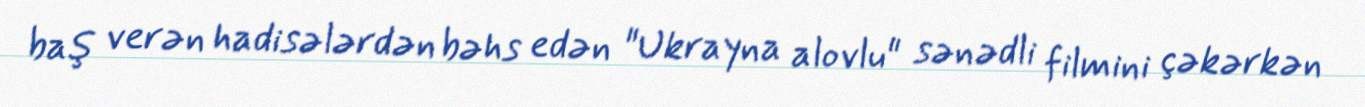
baş verən hadisələrdən bəhs edən "Ukrayna alovlu" sənədli filmini çəkərkən